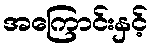
အကြောင်းနှင့်